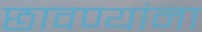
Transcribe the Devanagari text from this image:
छावण्यांना